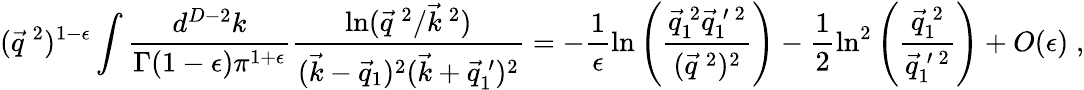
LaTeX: (\vec{q}^{\: 2})^{1-\epsilon}\int\frac{d^{D-2}k}{\Gamma(1-\epsilon)\pi^{1+\epsilon}}\frac{\ln(\vec{q}^{\: 2}/\vec{k}^{\: 2})}{(\vec{k}-\vec{q}_{1})^{2}(\vec{k}+\vec{q}_{1}^{\: \prime})^{2}}=-\frac{1}{\epsilon}\ln\left(\frac{\vec{q}_{1}^{\: 2}\vec{q}_{1}^{\: \prime\: 2}}{(\vec{q}^{\: 2})^{2}}\right)-\frac{1}{2}\ln^{2}\left(\frac{\vec{q}_{1}^{\: 2}}{\vec{q}_{1}^{\: \prime\: 2}}\right)+O(\epsilon)\; ,